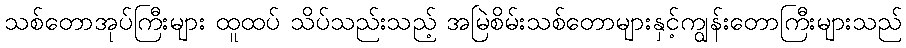
သစ်တောအုပ်ကြီးများ ထူထပ် သိပ်သည်းသည့် အမြဲစိမ်းသစ်တောများနှင့်ကျွန်းတောကြီးများသည်